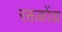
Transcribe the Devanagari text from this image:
रक्तकोंडा